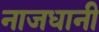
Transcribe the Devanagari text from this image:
नाजधानी